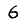
Digit: 6